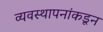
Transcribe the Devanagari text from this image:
व्यवस्थापनांकडून